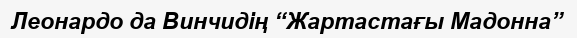
Леонардо да Винчидің “Жартастағы Мадонна”